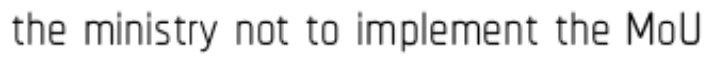
the ministry not to implement the MoU